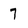
Character: 7